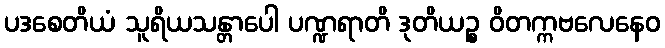
ပဒစေတိယံ သူရိယသန္တာပေါ ပဏ္ဍရာတိ ဒုတိယဉ္စ ဝိတက္ကဗလေနေဝ